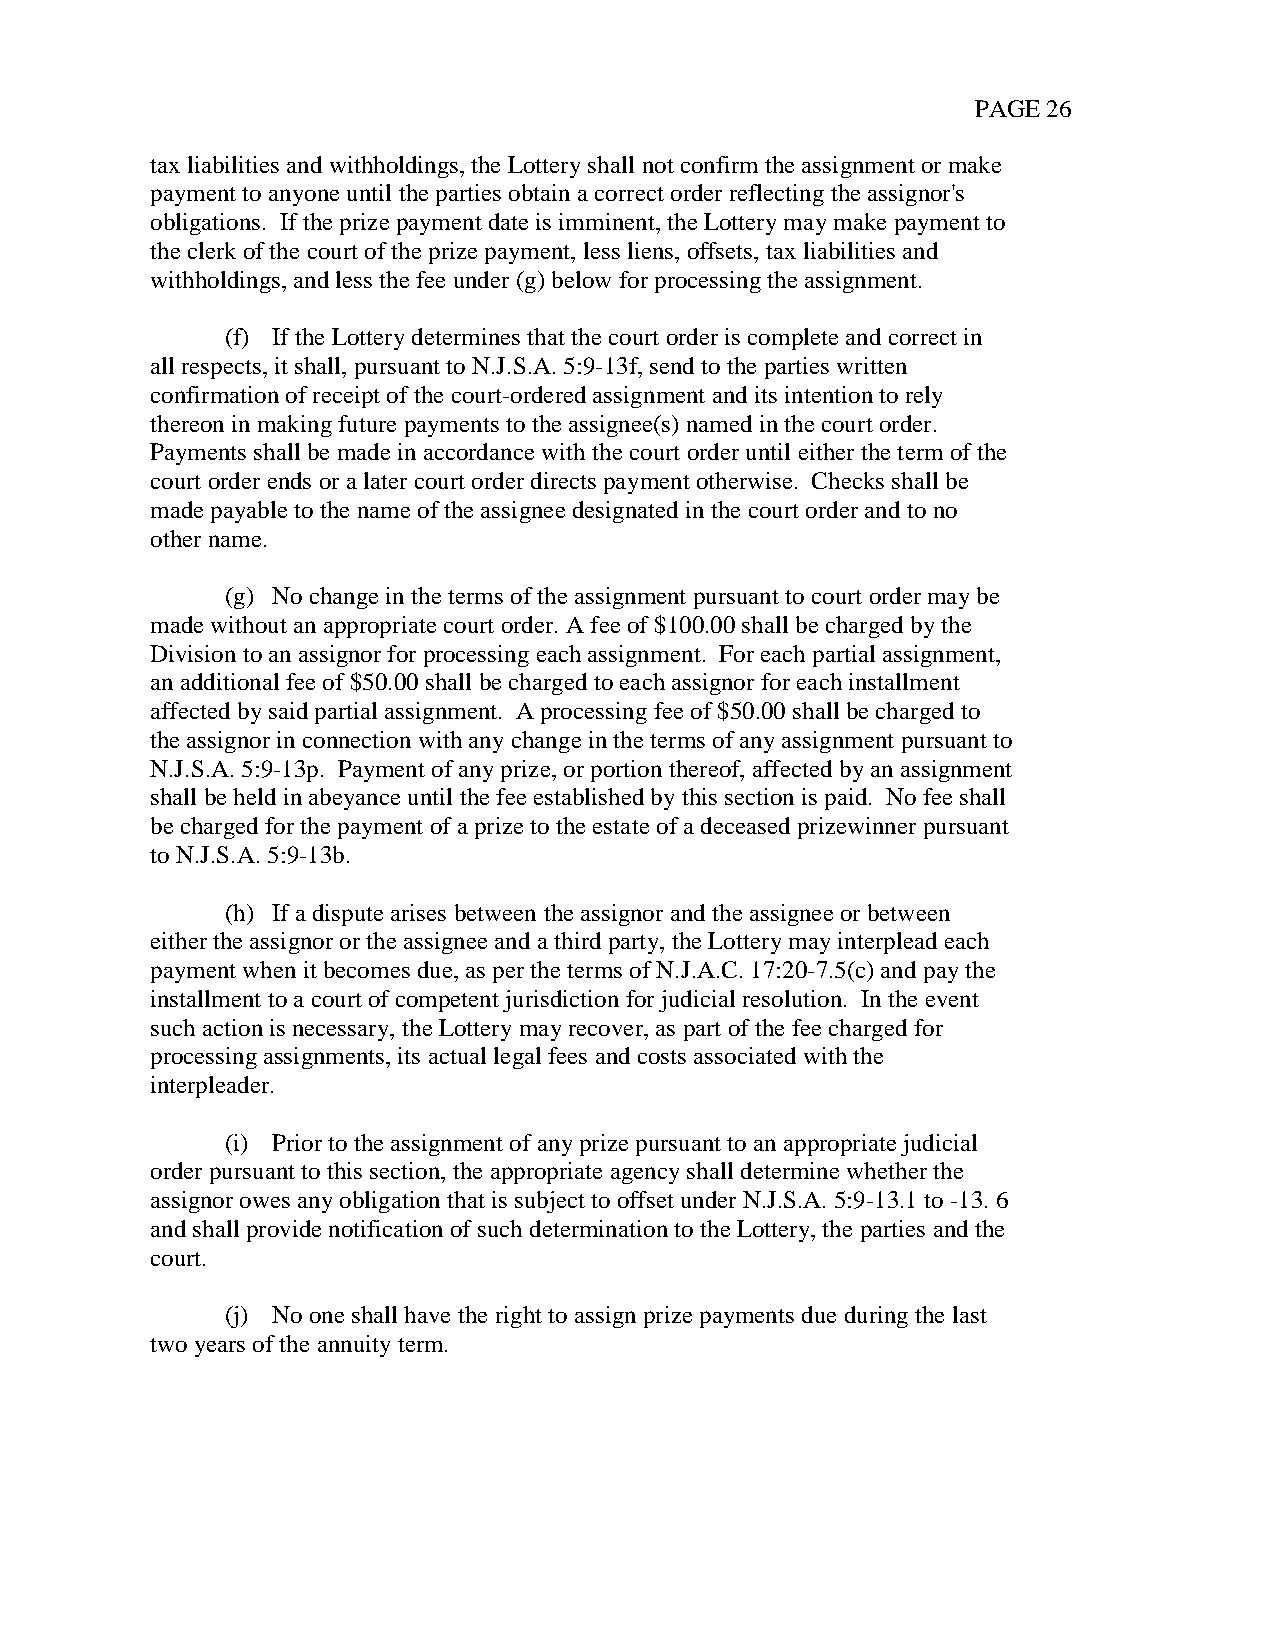
PAGE 26
 tax liabilities and withholdings, the Lottery shall not confirm the assignment or make
 payment to anyone until the parties obtain a correct order reflecting the assignor's
 obligations. If the prize payment date is imminent, the Lottery may make payment to
 the clerk of the court of the prize payment, less liens, offsets, tax liabilities and
 withholdings, and less the fee under (g) below for processing the assignment.
 (f) If the Lottery determines that the court order is complete and correct in
 all respects, it shall, pursuant to N.J.S.A. 5:9-13f, send to the parties written
 confirmation of receipt of the court-ordered assignment and its intention to rely
 thereon in making future payments to the assignee(s) named in the court order.
 Payments shall be made in accordance with the court order until either the term of the
 court order ends or a later court order directs payment otherwise. Checks shall be
 made payable to the name of the assignee designated in the court order and to no
 other name.
 (g) No change in the terms of the assignment pursuant to court order may be
 made without an appropriate court order. A fee of $100.00 shall be charged by the
 Division to an assignor for processing each assignment. For each partial assignment,
 an additional fee of $50.00 shall be charged to each assignor for each installment
 affected by said partial assignment. A processing fee of $50.00 shall be charged to
 the assignor in connection with any change in the terms of any assignment pursuant to
 N.J.S.A. 5:9-13p. Payment of any prize, or portion thereof, affected by an assignment
 shall be held in abeyance until the fee established by this section is paid. No fee shall
 be charged for the payment of a prize to the estate of a deceased prizewinner pursuant
 to N.J.S.A. 5:9-13b.
 (h) If a dispute arises between the assignor and the assignee or between
 either the assignor or the assignee and a third party, the Lottery may interplead each
 payment when it becomes due, as per the terms of N.J.A.C. 17:20-7.5(c) and pay the
 installment to a court of competent jurisdiction for judicial resolution. In the event
 such action is necessary, the Lottery may recover, as part of the fee charged for
 processing assignments, its actual legal fees and costs associated with the
 interpleader.
 (i) Prior to the assignment of any prize pursuant to an appropriate judicial
 order pursuant to this section, the appropriate agency shall determine whether the
 assignor owes any obligation that is subject to offset under N.J.S.A. 5:9-13.1 to -13. 6
 and shall provide notification of such determination to the Lottery, the parties and the
 court.
 (j) No one shall have the right to assign prize payments due during the last
 two years of the annuity term.